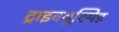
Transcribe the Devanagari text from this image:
ट्राइक्यूस्पिड